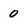
Character: 0